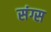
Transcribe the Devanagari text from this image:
संग्स